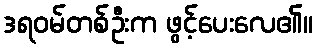
ဒရဝမ်တစ်ဦးက ဖွင့်ပေးလေ၏။